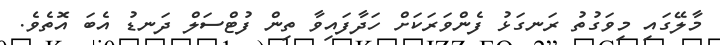
މާލޭގައި މިވަގުތު ރަނގަޅު ފެންވަރަކަށް ހަދާފައިވާ ތިން ފުޓްސަލް ދަނޑު އެބަ އޮތެވެ.